Vaccination in Bombay 1869-1873 - 1869-1873
Year: 1869
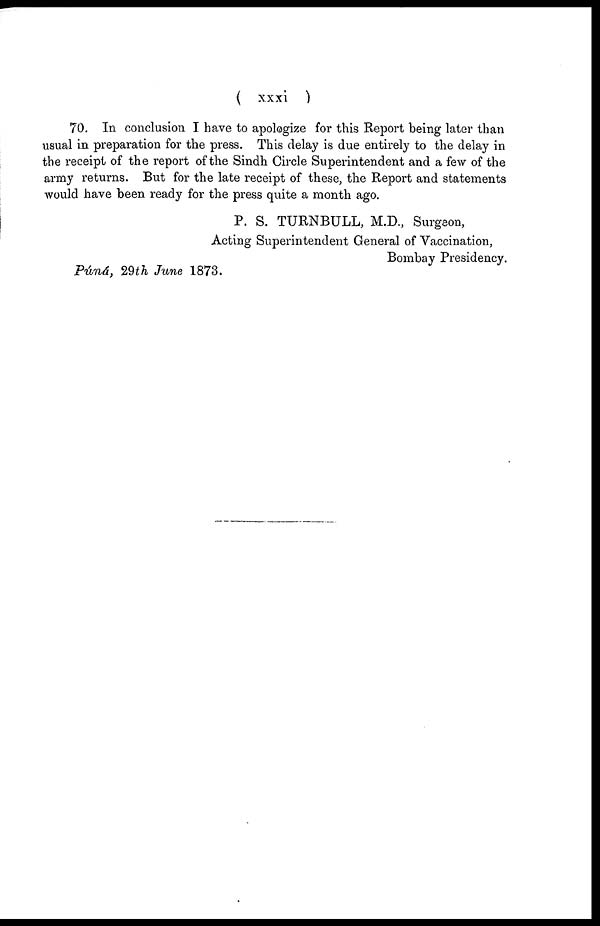
( xxxi )
70. In conclusion I have to apologize for this Report being later than
usual in preparation for the press. This delay is due entirely to the delay in
the receipt of the report of the Sindh Circle Superintendent and a few of the
army returns. But for the late receipt of these, the Report and statements
would have been ready for the press quite a month ago.
P. S. TURNBULL, M.D., Surgeon,
Acting Superintendent General of "Vaccination,
Bombay Presidency.
Púná, 29th June 1873.